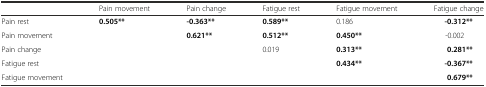
<table><thead><tr><td></td><td><b>Pain movement</b></td><td><b>Pain change</b></td><td><b>Fatigue rest</b></td><td><b>Fatigue movement</b></td><td><b>Fatigue change</b></td></tr></thead><tbody><tr><td>Pain rest</td><td><b>0.505</b><b>**</b></td><td><b>-0.363</b><b>**</b></td><td><b>0.589</b><b>**</b></td><td>0.186</td><td><b>-0.312</b><b>**</b></td></tr><tr><td>Pain movement</td><td></td><td><b>0.621</b><b>**</b></td><td><b>0.512</b><b>**</b></td><td><b>0.450</b><b>**</b></td><td>-0.002</td></tr><tr><td>Pain change</td><td></td><td></td><td>0.019</td><td><b>0.313</b><b>**</b></td><td><b>0.281</b><b>**</b></td></tr><tr><td>Fatigue rest</td><td></td><td></td><td></td><td><b>0.434</b><b>**</b></td><td><b>-0.367</b><b>**</b></td></tr><tr><td>Fatigue movement</td><td></td><td></td><td></td><td></td><td><b>0.679</b><b>**</b></td></tr></tbody></table>